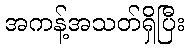
အကန့်အသတ်ရှိပြီး